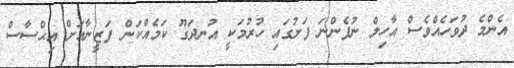
އެންމެ ދުވަހެއްވެސް އާހިލް ނުފެންނަ ފަށުގައި ހުރުމަކީ އުނދަގޫ ކަމެއްކަން ފަޒީނާއަށް އިޙްސާސް